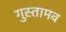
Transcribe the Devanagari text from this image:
गुस्तामव